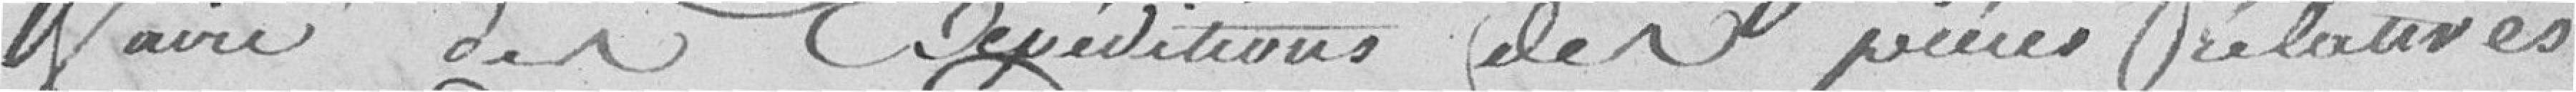
faire des Expéditions des pièces relatives